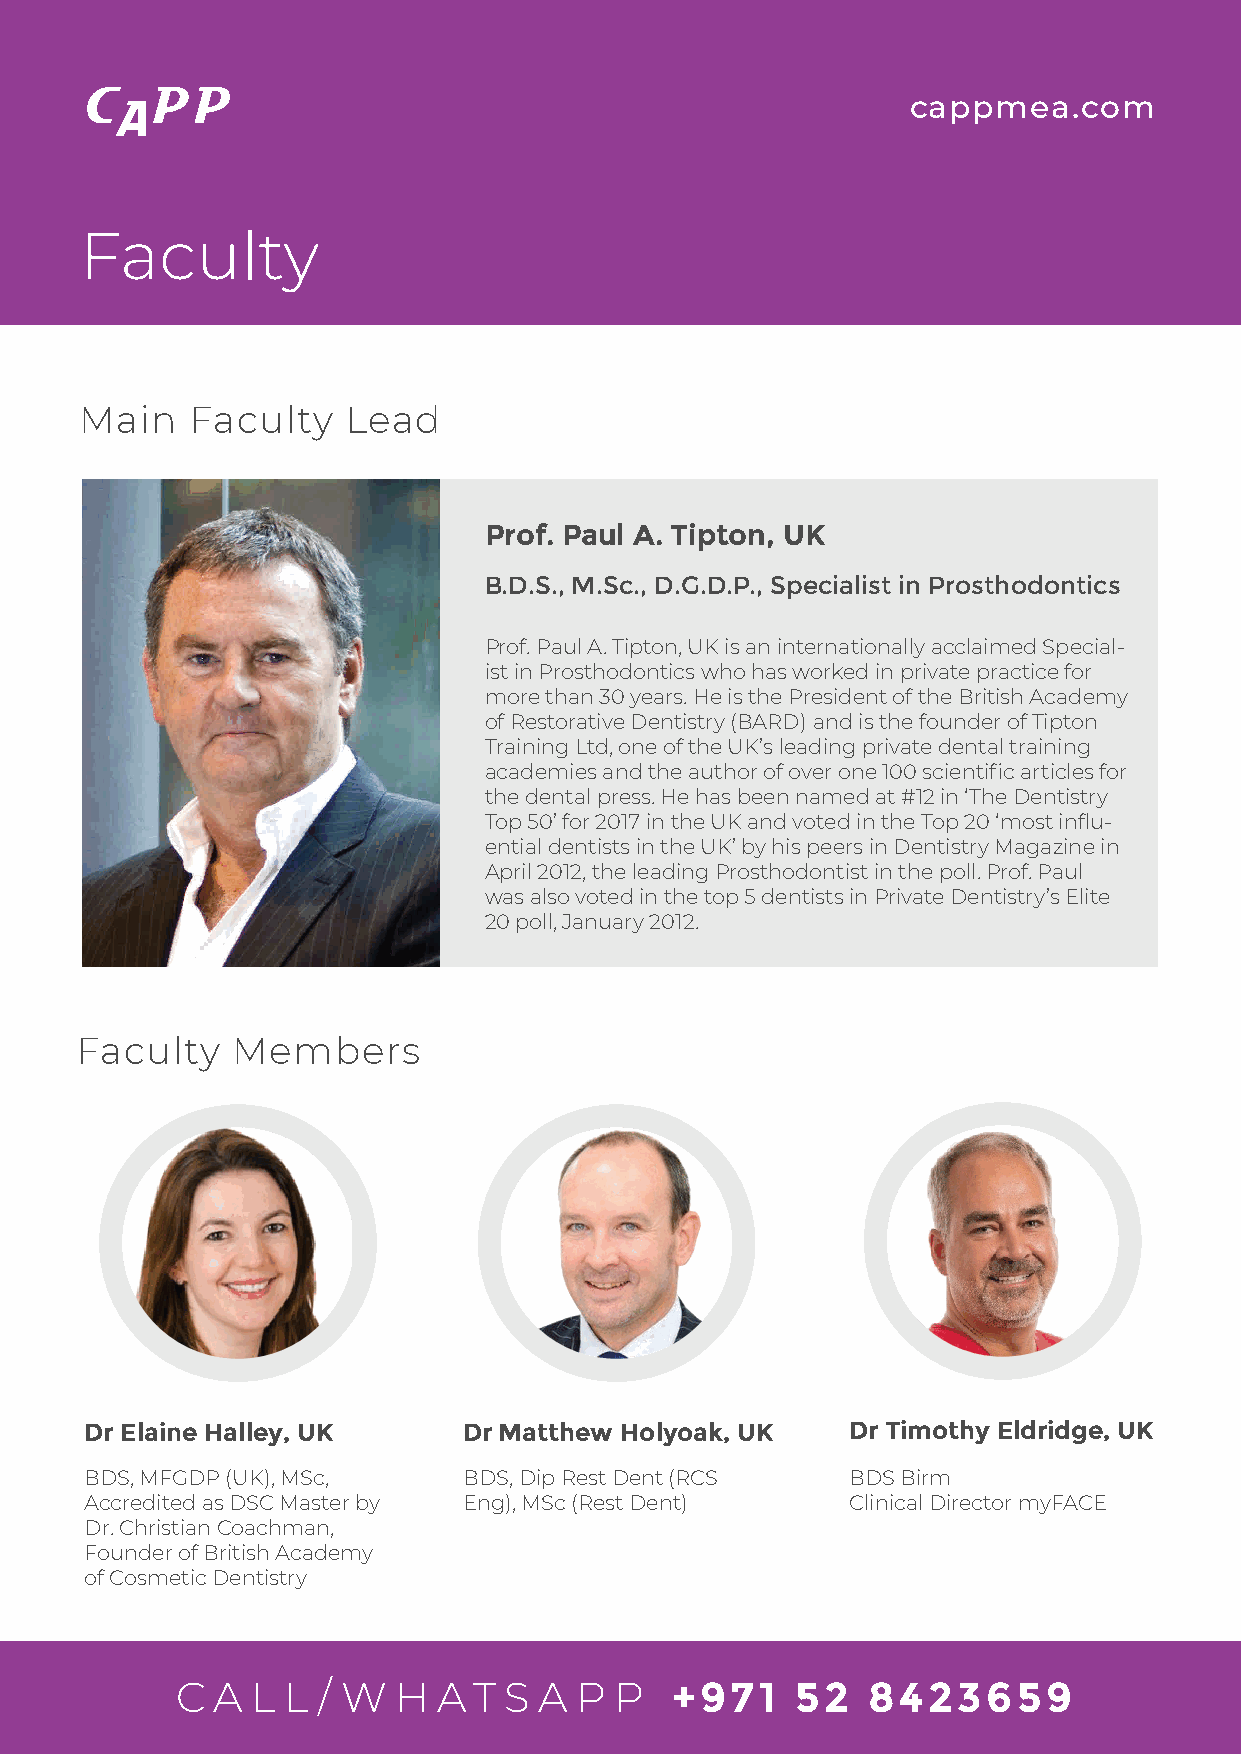
cappmea.com
 Faculty
 Main   Faculty    Lead
 Prof. Paul A. Tipton, UK
 B.D.S., M.Sc., D.G.D.P., Specialist in Prosthodontics
 Prof. Paul A. Tipton, UK is an internationally acclaimed Special-
 ist in Prosthodontics who has worked in private practice for
 more than 30 years. He is the President of the British Academy
 of Restorative Dentistry (BARD) and is the founder of Tipton
 Training Ltd, one of the UK’s leading private dental training
 academies and the author of over one 100 scientific articles for
 the dental press. He has been named at #12 in ‘The Dentistry
 Top 50’ for 2017 in the UK and voted in the Top 20 ‘most influ-
 ential dentists in the UK’ by his peers in Dentistry Magazine in
 April 2012, the leading Prosthodontist in the poll. Prof. Paul
 was also voted in the top 5 dentists in Private Dentistry’s Elite
 20 poll, January 2012.
 Faculty   Members
 Dr Elaine Halley, UK     Dr Matthew Holyoak, UK   Dr Timothy Eldridge, UK
 BDS, MFGDP (UK), MSc,    BDS, Dip Rest Dent (RCS  BDS Birm
 Accredited as DSC Master by Eng), MSc (Rest Dent) Clinical Director myFACE
 Dr. Christian Coachman,
 Founder of British Academy
 of Cosmetic Dentistry
 C A  L L / W  H  A T S  A P  P  +971     52  8423659